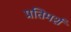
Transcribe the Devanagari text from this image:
प्रतिमर्श